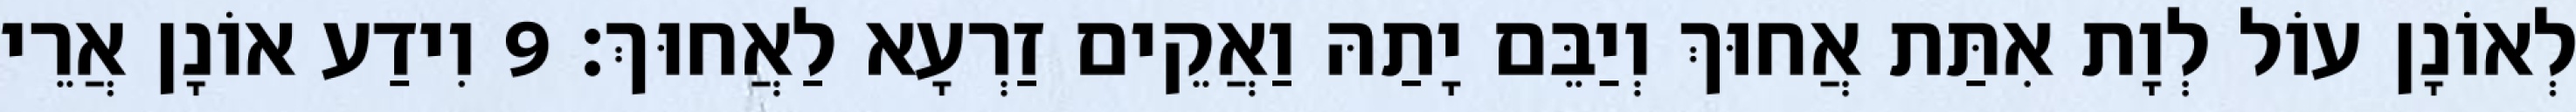
לְאוֹנָן עוֹל לְוָת אִתַּת אֲחוּךְ וְיַבֵּם יָתַהּ וַאֲקֵים זַרְעָא לַאֲחוּךְ׃ 9 וִידַע אוֹנָן אֲרֵי